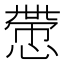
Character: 慸